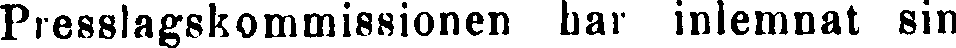
Presslagskommissionen bar inlemnat sin